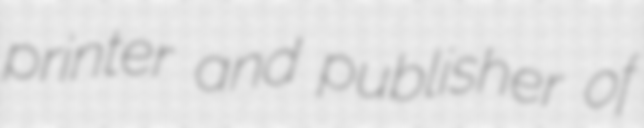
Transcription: printer and publisher of